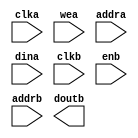
module ch_ram(
  clka,
  wea,
  addra,
  dina,
  clkb,
  enb,
  addrb,
  doutb
);

input clka;
input [0 : 0] wea;
input [5 : 0] addra;
input [39 : 0] dina;
input clkb;
input enb;
input [5 : 0] addrb;
output [39 : 0] doutb;

// synthesis translate_off

  BLK_MEM_GEN_V6_2 #(
    .C_ADDRA_WIDTH(6),
    .C_ADDRB_WIDTH(6),
    .C_ALGORITHM(1),
    .C_AXI_ID_WIDTH(4),
    .C_AXI_SLAVE_TYPE(0),
    .C_AXI_TYPE(1),
    .C_BYTE_SIZE(9),
    .C_COMMON_CLK(0),
    .C_DEFAULT_DATA("0"),
    .C_DISABLE_WARN_BHV_COLL(0),
    .C_DISABLE_WARN_BHV_RANGE(0),
    .C_FAMILY("virtex6"),
    .C_HAS_AXI_ID(0),
    .C_HAS_ENA(0),
    .C_HAS_ENB(1),
    .C_HAS_INJECTERR(0),
    .C_HAS_MEM_OUTPUT_REGS_A(0),
    .C_HAS_MEM_OUTPUT_REGS_B(0),
    .C_HAS_MUX_OUTPUT_REGS_A(0),
    .C_HAS_MUX_OUTPUT_REGS_B(0),
    .C_HAS_REGCEA(0),
    .C_HAS_REGCEB(0),
    .C_HAS_RSTA(0),
    .C_HAS_RSTB(0),
    .C_HAS_SOFTECC_INPUT_REGS_A(0),
    .C_HAS_SOFTECC_OUTPUT_REGS_B(0),
    .C_INIT_FILE_NAME("no_coe_file_loaded"),
    .C_INITA_VAL("0"),
    .C_INITB_VAL("0"),
    .C_INTERFACE_TYPE(0),
    .C_LOAD_INIT_FILE(0),
    .C_MEM_TYPE(1),
    .C_MUX_PIPELINE_STAGES(0),
    .C_PRIM_TYPE(1),
    .C_READ_DEPTH_A(64),
    .C_READ_DEPTH_B(64),
    .C_READ_WIDTH_A(40),
    .C_READ_WIDTH_B(40),
    .C_RST_PRIORITY_A("CE"),
    .C_RST_PRIORITY_B("CE"),
    .C_RST_TYPE("SYNC"),
    .C_RSTRAM_A(0),
    .C_RSTRAM_B(0),
    .C_SIM_COLLISION_CHECK("ALL"),
    .C_USE_BYTE_WEA(0),
    .C_USE_BYTE_WEB(0),
    .C_USE_DEFAULT_DATA(0),
    .C_USE_ECC(0),
    .C_USE_SOFTECC(0),
    .C_WEA_WIDTH(1),
    .C_WEB_WIDTH(1),
    .C_WRITE_DEPTH_A(64),
    .C_WRITE_DEPTH_B(64),
    .C_WRITE_MODE_A("WRITE_FIRST"),
    .C_WRITE_MODE_B("WRITE_FIRST"),
    .C_WRITE_WIDTH_A(40),
    .C_WRITE_WIDTH_B(40),
    .C_XDEVICEFAMILY("virtex6")
  )
  inst (
    .CLKA(clka),
    .WEA(wea),
    .ADDRA(addra),
    .DINA(dina),
    .CLKB(clkb),
    .ENB(enb),
    .ADDRB(addrb),
    .DOUTB(doutb),
    .RSTA(),
    .ENA(),
    .REGCEA(),
    .DOUTA(),
    .RSTB(),
    .REGCEB(),
    .WEB(),
    .DINB(),
    .INJECTSBITERR(),
    .INJECTDBITERR(),
    .SBITERR(),
    .DBITERR(),
    .RDADDRECC(),
    .S_ACLK(),
    .S_ARESETN(),
    .S_AXI_AWID(),
    .S_AXI_AWADDR(),
    .S_AXI_AWLEN(),
    .S_AXI_AWSIZE(),
    .S_AXI_AWBURST(),
    .S_AXI_AWVALID(),
    .S_AXI_AWREADY(),
    .S_AXI_WDATA(),
    .S_AXI_WSTRB(),
    .S_AXI_WLAST(),
    .S_AXI_WVALID(),
    .S_AXI_WREADY(),
    .S_AXI_BID(),
    .S_AXI_BRESP(),
    .S_AXI_BVALID(),
    .S_AXI_BREADY(),
    .S_AXI_ARID(),
    .S_AXI_ARADDR(),
    .S_AXI_ARLEN(),
    .S_AXI_ARSIZE(),
    .S_AXI_ARBURST(),
    .S_AXI_ARVALID(),
    .S_AXI_ARREADY(),
    .S_AXI_RID(),
    .S_AXI_RDATA(),
    .S_AXI_RRESP(),
    .S_AXI_RLAST(),
    .S_AXI_RVALID(),
    .S_AXI_RREADY(),
    .S_AXI_INJECTSBITERR(),
    .S_AXI_INJECTDBITERR(),
    .S_AXI_SBITERR(),
    .S_AXI_DBITERR(),
    .S_AXI_RDADDRECC()
  );

// synthesis translate_on

endmodule